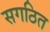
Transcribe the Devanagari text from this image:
सगठित